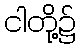
ငါတို့၌